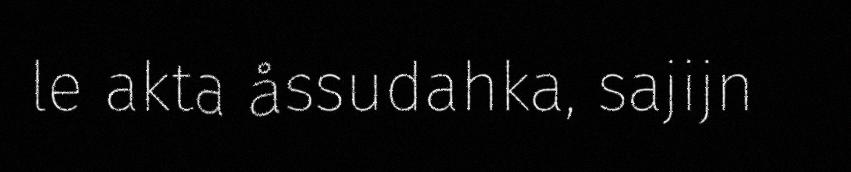
le akta åssudahka, sajijn